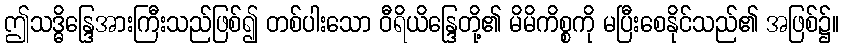
ဤသဒ္ဓိန္ဒြေအားကြီးသည်ဖြစ်၍ တစ်ပါးသော ဝီရိယိန္ဒြေတို့၏ မိမိကိစ္စကို မပြီးစေနိုင်သည်၏ အဖြစ်၌။